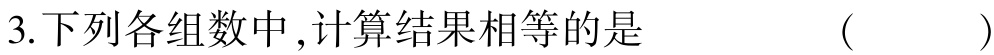
3.下列各组数中,计算结果相等的是  ( )